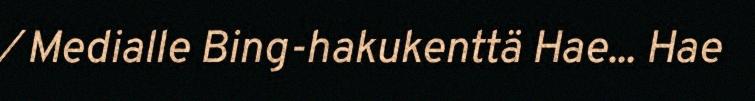
⁄ Medialle Bing-hakukenttä Hae... Hae